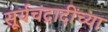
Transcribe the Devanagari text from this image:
सूर्यचंद्रादींच्या